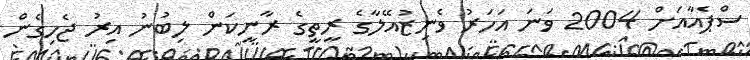
ސްޕެއާއަށް 2004 ވަނަ އަހަރު ވެނިޒުއޭލާގެ ރީތީގެ ރާނީކަން ލިބުނު އިރު ޖެހިގެން